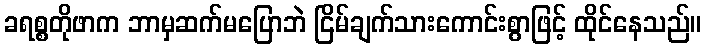
ခရစ္စတိုဖာက ဘာမှဆက်မပြောဘဲ ငြိမ်ချက်သားကောင်းစွာဖြင့် ထိုင်နေသည်။